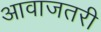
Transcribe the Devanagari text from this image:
आवाजतरी